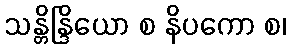
သန္တိန္ဒြိယော စ နိပကော စ၊